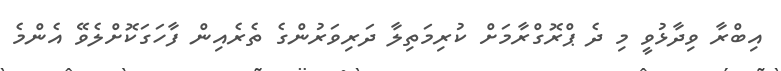
އިބްރާ ވިދާޅުވީ މި ދެ ޕްރޮގްރާމަށް ކުރިމަތިލާ ދަރިވަރުންގެ ތެރެއިން ފާހަގަކޮށްލެވޭ އެންމެ